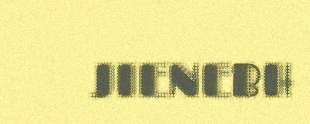
JIENEBH